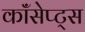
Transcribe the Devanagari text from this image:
कॉंसेप्ट्स